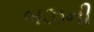
બઝની